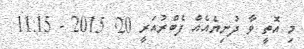
މި އޮތީ ވާ ދުނިޔެއެއް ފެބްރުއަރީ 20